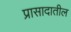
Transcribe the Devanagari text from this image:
प्रासादातील